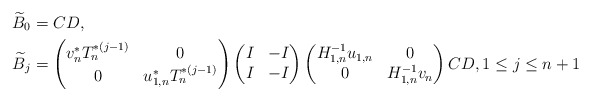
\begin{align*} \widetilde B_0 &= CD, \\ \widetilde B_j &= \begin{pmatrix} v_n^* T_n^{*(j-1)} & 0 \\ 0 & u_{1,n}^* T_n^{*(j-1)} \end{pmatrix} \begin{pmatrix} I & -I \\ I & -I \end{pmatrix} \begin{pmatrix} H_{1,n}^{-1} u_{1,n} & 0 \\ 0 & H_{1,n}^{-1} v_{n} \end{pmatrix} CD, 1\le j \le n+1\end{align*}